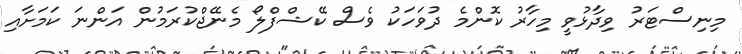
މިނިސްޓަރު ވިދާޅުވީ މިހާރު ކޮންމެ ދުވަހަކު ވެސް ކޭޝްފްލޯ މެނޭޖްކުރަމުން އަންނަ ކަމަށާއި